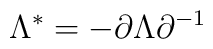
\Lambda ^{*}=-\partial \Lambda \partial ^{-1}